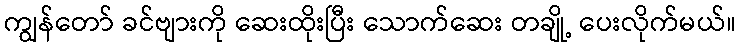
ကျွန်တော် ခင်ဗျားကို ဆေးထိုးပြီး သောက်ဆေး တချို့ ပေးလိုက်မယ်။